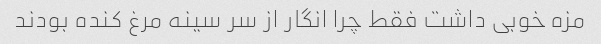
مزه خوبی داشت فقط چرا انگار از سر سینه مرغ کنده بودند